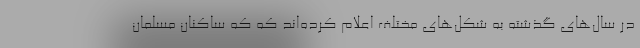
در سال‌های گذشته به شکل‌های مختلف اعلام کرده‌اند که که ساکنان مسلمان